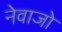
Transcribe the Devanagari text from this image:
नेवाजो